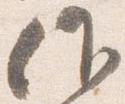
候